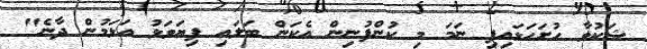
ޝަކުވާ ހުށަހަޅައިފި ނަމަ މި ކުންފުނިން އެކަން ބަލައި ފިޔަވަޅު އަޅަމުން ދާނެ"